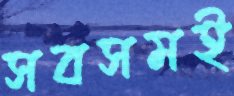
সবসমই